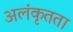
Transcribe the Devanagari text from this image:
अलंकृतता